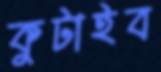
কুটাইব